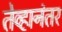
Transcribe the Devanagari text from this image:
तेव्हानंतर